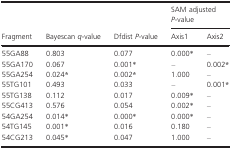
| <ROWSPAN=2> Fragment | <ROWSPAN=2> Bayescan q-value | <ROWSPAN=2> Dfdist P-value | <COLSPAN=5> SAM adjusted P-value |
 | Axis1 | Axis2 |
 | --- | --- | --- | --- | --- | --- | --- | --- |
 | 55GA88 | 0.803 | 0.077 | 0.000* | – |
 | 55GA170 | 0.067 | 0.001* | – | 0.002* |
 | 55GA254 | 0.024* | 0.002* | 1.000 | – |
 | 55TG101 | 0.493 | 0.033 | – | 0.001* |
 | 55TG138 | 0.112 | 0.017 | 0.009* | – |
 | 55CG413 | 0.576 | 0.054 | 0.002* | – |
 | 54GA254 | 0.014* | 0.000* | 0.000* | – |
 | 54TG145 | 0.001* | 0.016 | 0.180 | – |
 | 54CG213 | 0.045* | 0.047 | 1.000 | – |